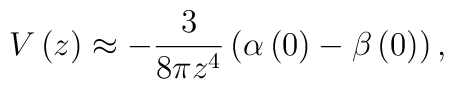
V\left( z\right) \approx -\frac{3}{8\pi z^{4}}\left( \alpha \left( 0\right)-\beta \left( 0\right) \right) ,